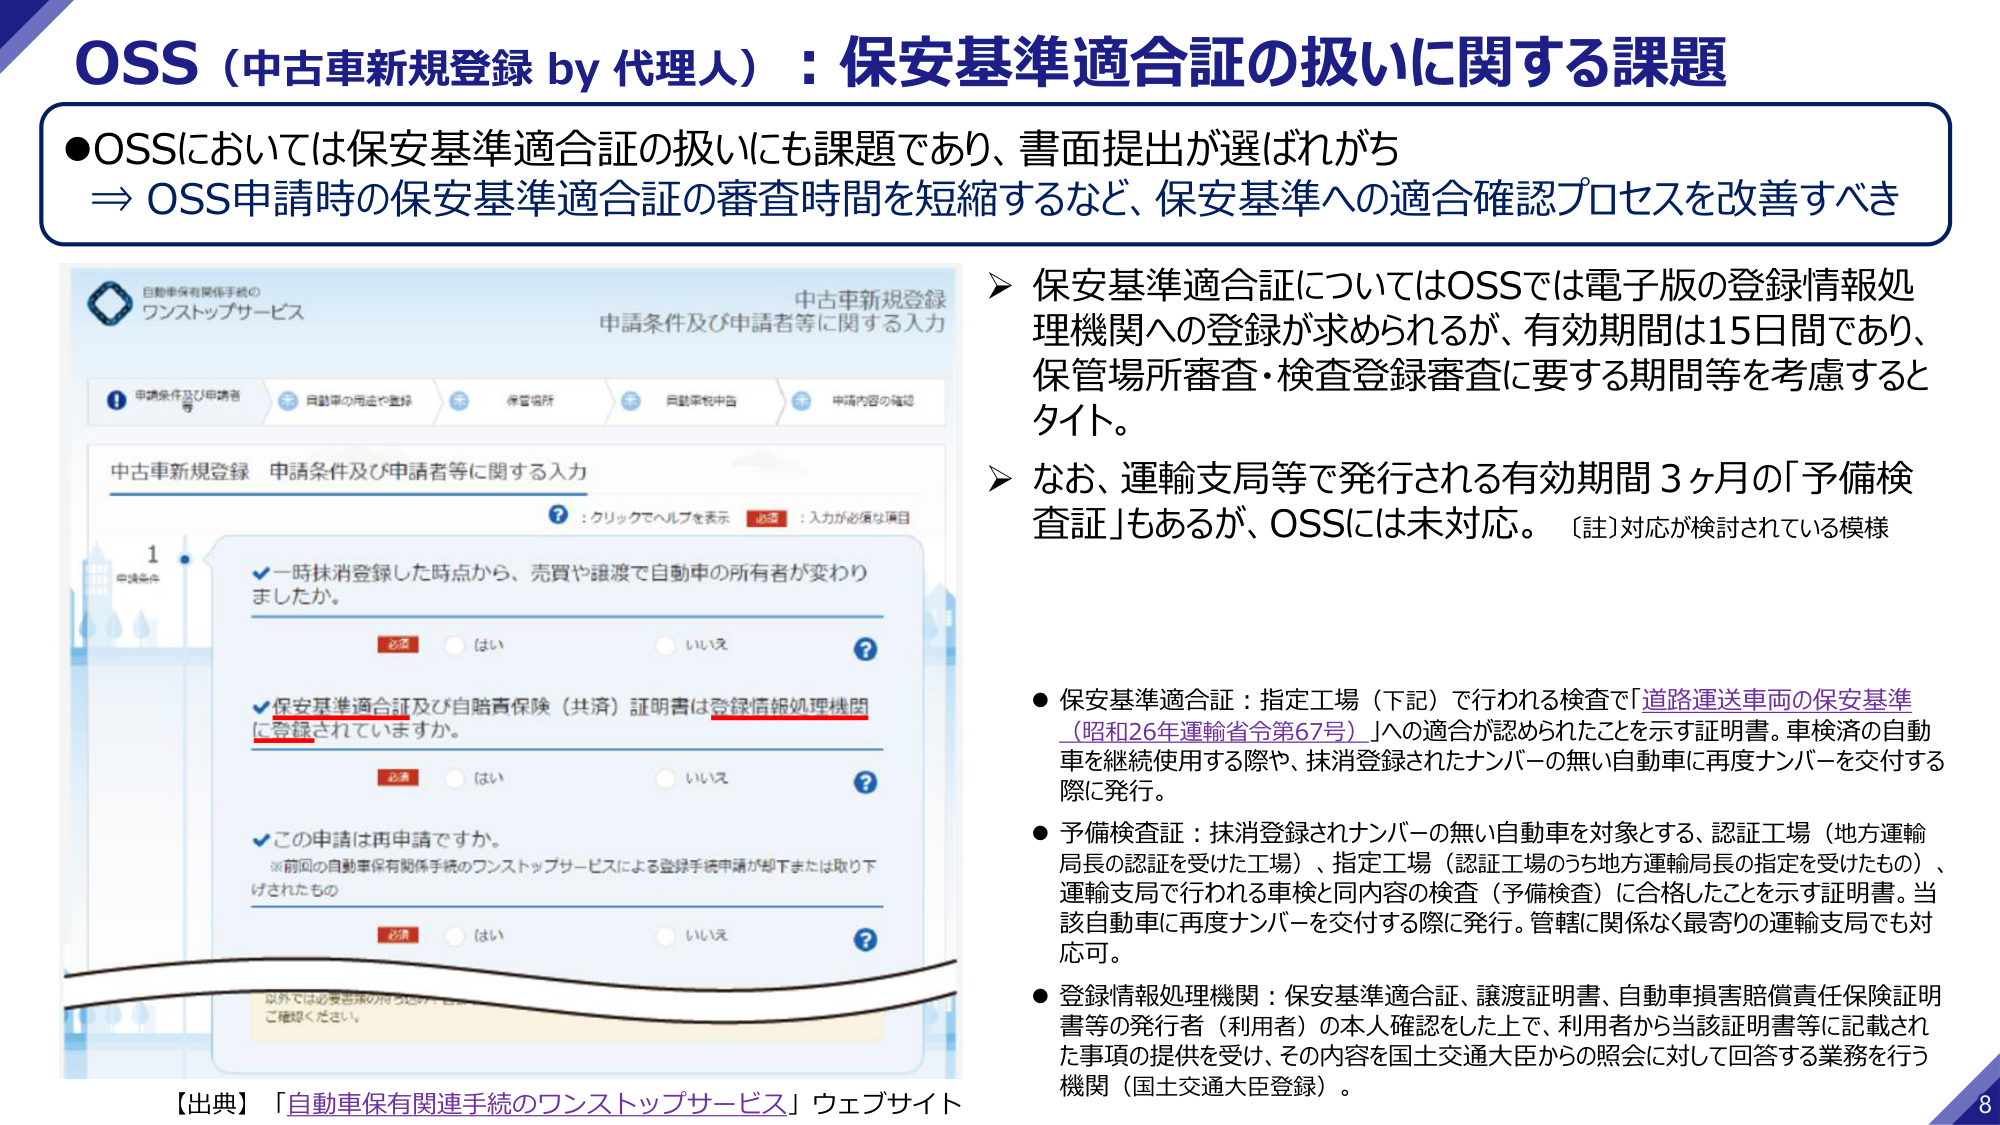
OSS（中古車新規登録 by 代理人）：保安基準適合証の扱いに関する課題

●OSSにおいては保安基準適合証の扱いにも課題であり、書面提出が選ばれがち
⇒ OSS申請時の保安基準適合証の審査時間を短縮するなど、保安基準への適合確認プロセスを改善すべき

自動車保有関係手続の
ワンストップサービス

中古車新規登録
申請条件及び申請者等に関する入力

申請条件及び申請者
等
同動車の用途や登録
保管場所
同動車転売中
申請内容の確認

中古車新規登録 申請条件及び申請者等に関する入力
?：クリックでヘルプを表示 必須：入力が必須な項目

1
申請条件

✓一時抹消登録した時点から、売買や譲渡で自動車の所有者が変わりましたか。
必須 はい いいえ?

✓保安基準適合証及び自賠責保険（共済）証明書は登録情報処理機関に登録されていますか。
必須 はい いいえ?

✓この申請は再申請ですか。
※前回の自動車保有関係手続のワンストップサービスによる登録手続申請が却下または取り下げされたもの
必須 はい いいえ?

以外では必要書類の持ち込み、ご確認ください。

【出典】「自動車保有関連手続のワンストップサービス」ウェブサイト

➤ 保安基準適合証についてはOSSでは電子版の登録情報処理機関への登録が求められるが、有効期間は15日間であり、保管場所審査・検査登録審査に要する期間等を考慮するとタイト。

➤ なお、運輸支局等で発行される有効期間3ヶ月の「予備検査証」もあるが、OSSには未対応。〔註〕対応が検討されている模様

● 保安基準適合証：指定工場（下記）で行われる検査で「道路運送車両の保安基準（昭和26年運輸省令第67号）」への適合が認められたことを示す証明書。車検済の自動車を継続使用する際や、抹消登録されたナンバーの無い自動車に再度ナンバーを交付する際に発行。

● 予備検査証：抹消登録されナンバーの無い自動車を対象とする、認証工場（地方運輸局長の認証を受けた工場）、指定工場（認証工場のうち地方運輸局長の指定を受けたもの）、運輸支局で行われる車検と同内容の検査（予備検査）に合格したことを示す証明書。当該自動車に再度ナンバーを交付する際に発行。管轄に関係なく最寄りの運輸支局でも対応可。

● 登録情報処理機関：保安基準適合証、譲渡証明書、自動車損害賠償責任保険証明書等の発行者（利用者）の本人確認をした上で、利用者から当該証明書等に記載された事項の提供を受け、その内容を国土交通大臣からの照会に対して回答する業務を行う機関（国土交通大臣登録）。

8